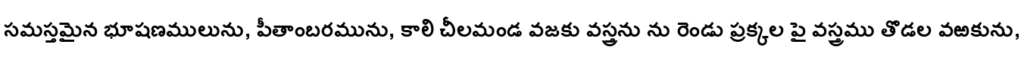
సమస్తమైన భూషణములును, పీతాంబరమును, కాలి చీలమండ వజకు వస్త్రను ను రెండు ప్రక్కల పై వస్త్రము తొడల వఱకును,